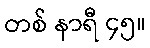
တစ် နာရီ ၄၅။